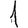
Digit: 1